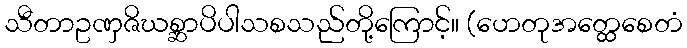
သီတာဥဏှဇိဃစ္ဆာပိပါသစသည်တို့ကြောင့်။ (ဟေတုအတ္ထေစေတံ